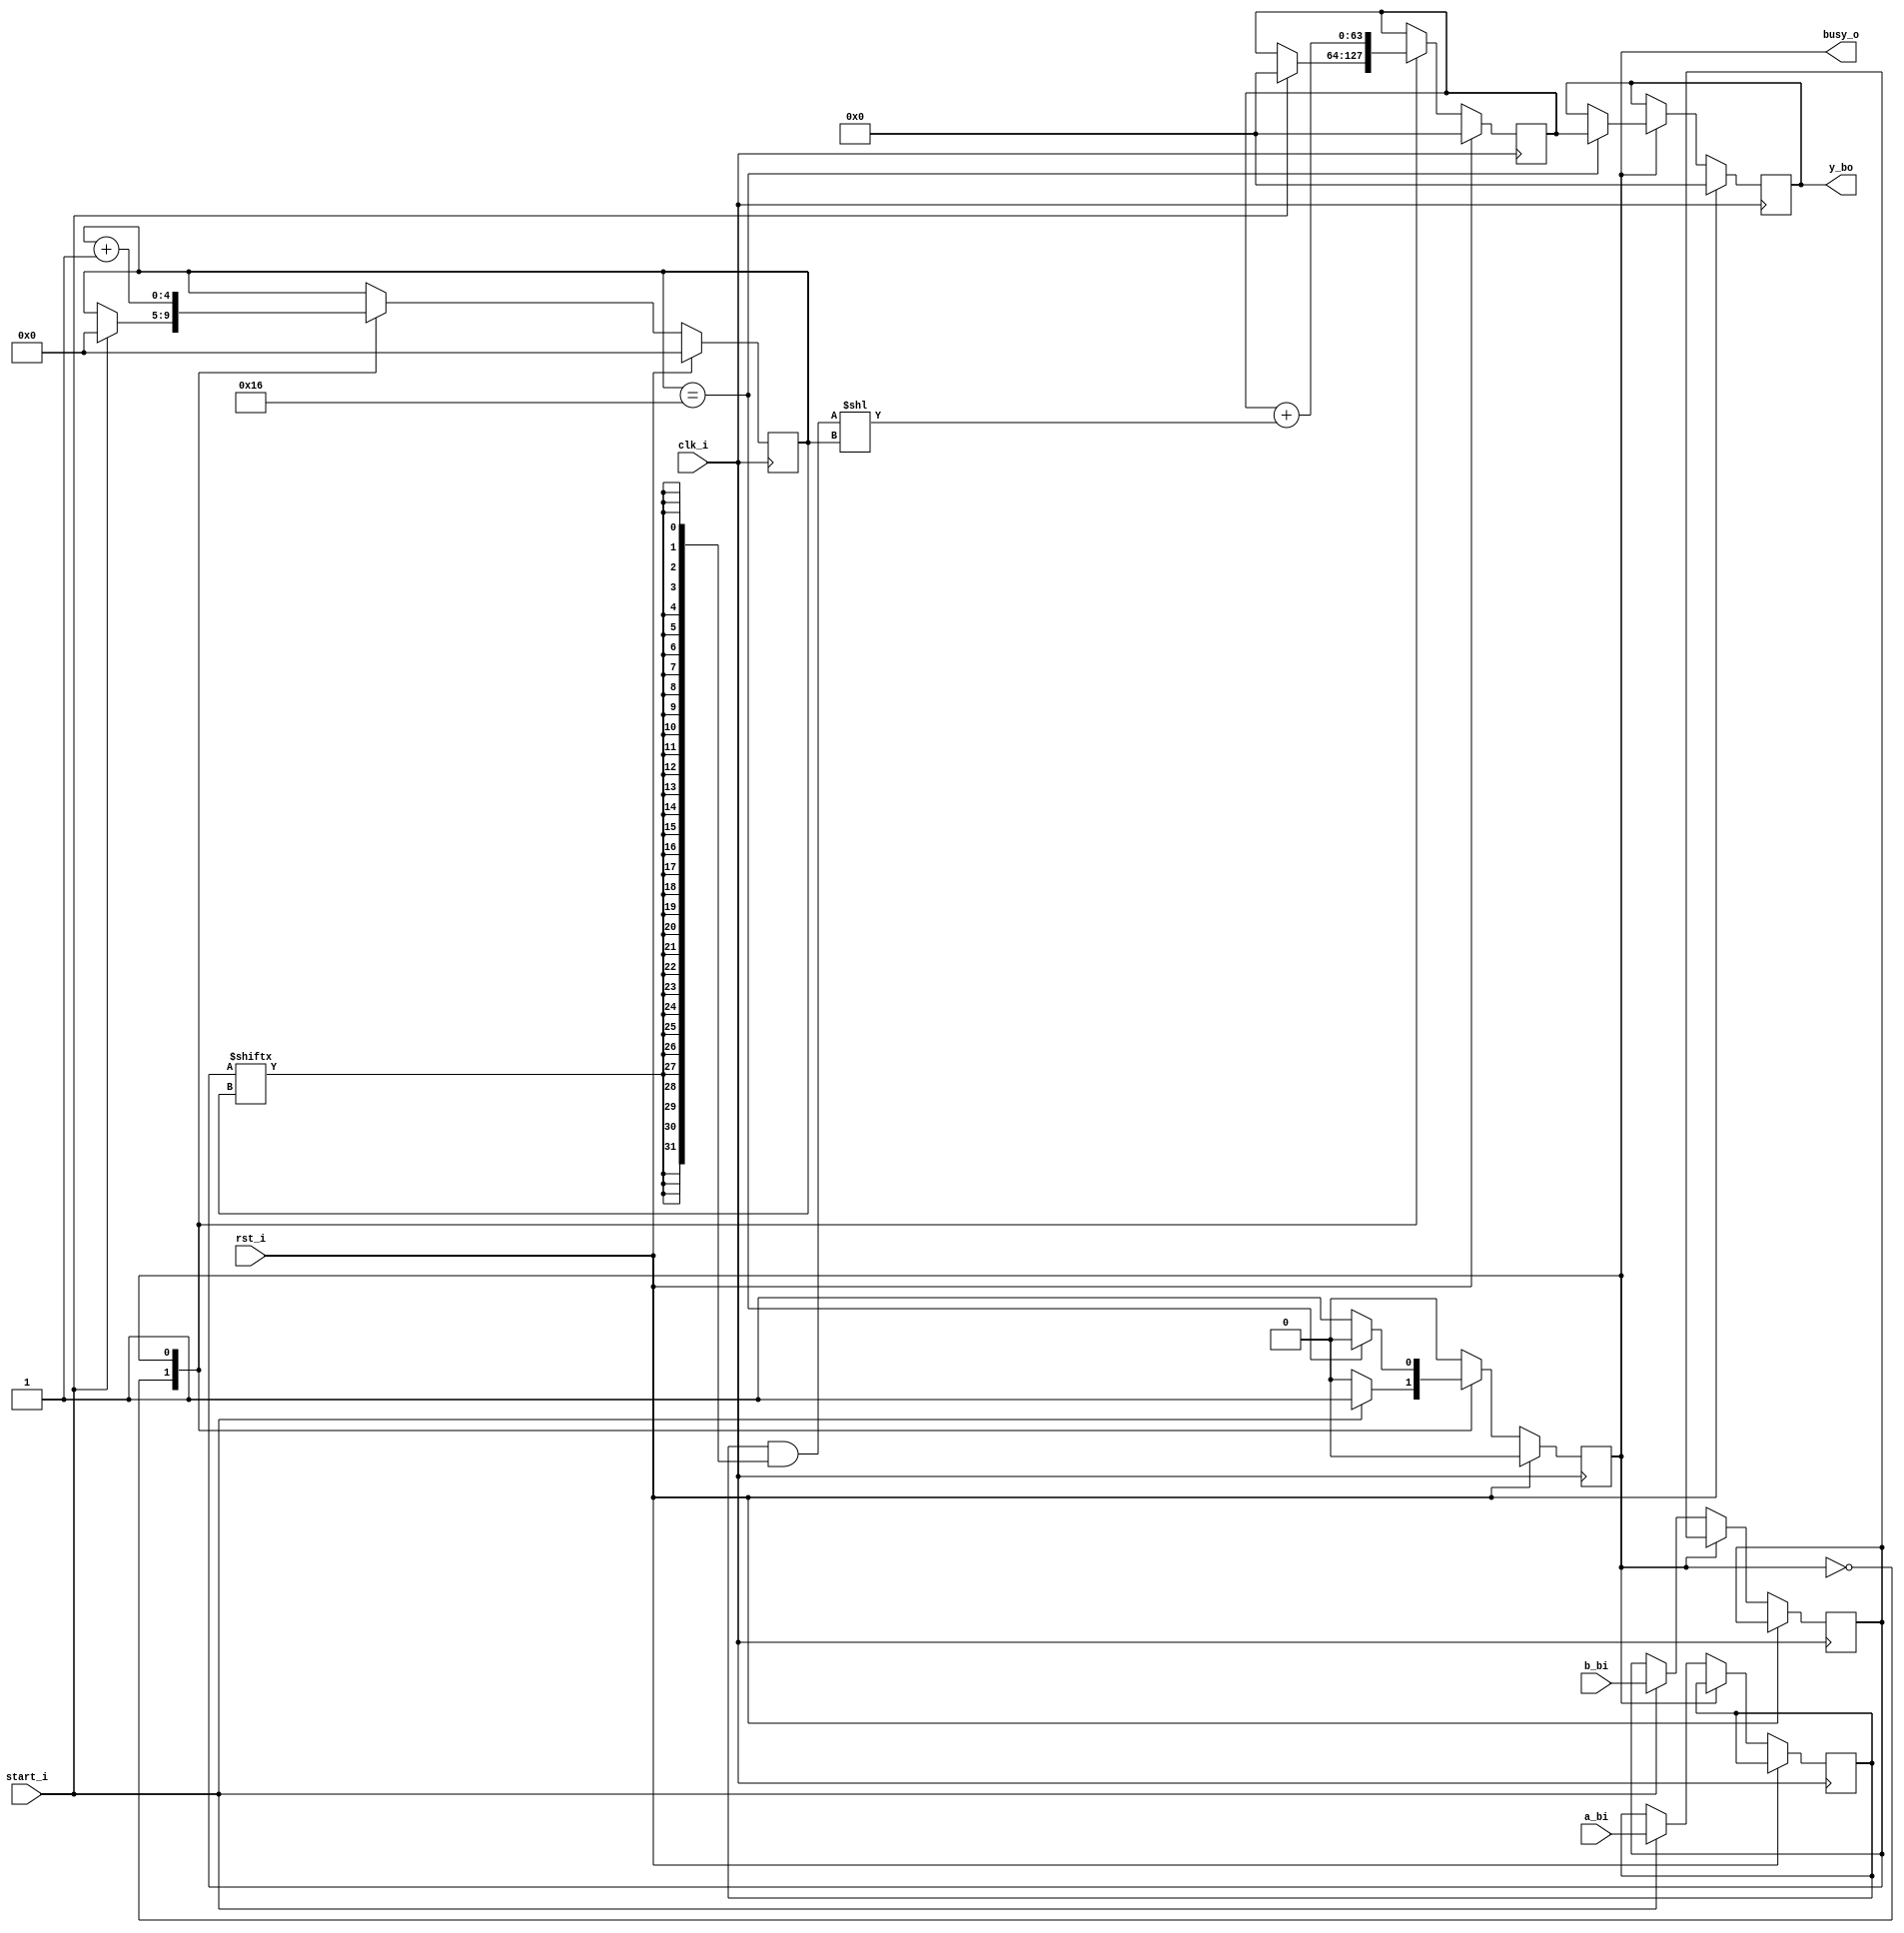
`timescale 1ns / 1ps

module mult (
    input clk_i,
    input rst_i,
    input [31:0] a_bi,
    input [31:0] b_bi,
    input start_i,
    output busy_o,
    output reg [63:0] y_bo
);

  localparam IDLE = 1'b0;
  localparam WORK = 1'b1;

  reg [4:0] ctr;
  wire end_step;
  wire [31:0] part_sum;
  wire [63:0] shifted_part_sum;
  reg [31:0] a, b;
  reg [63:0] part_res;
  reg state;

  assign part_sum = a & {32{b[ctr]}};
  assign shifted_part_sum = {{32{1'b0}}, part_sum} << ctr;
  assign end_step = (ctr == 5'h16);
  assign busy_o = state;

  always @(posedge clk_i)
    if (rst_i) begin
      ctr <= 0;
      part_res <= 0;
      y_bo <= 0;
      state <= IDLE;
    end else begin
      case (state)
        IDLE:
        if (start_i) begin
          state <= WORK;
          a <= a_bi;
          b <= b_bi;
          ctr <= 0;
          part_res <= 0;
        end
        WORK: begin
          if (end_step) begin
            state <= IDLE;
            y_bo  <= part_res;
          end
          part_res <= part_res + shifted_part_sum;
          ctr <= ctr + 1;
        end
      endcase
    end
endmodule